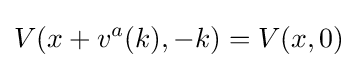
V(x+v^{a}(k),-k)=V(x,0)